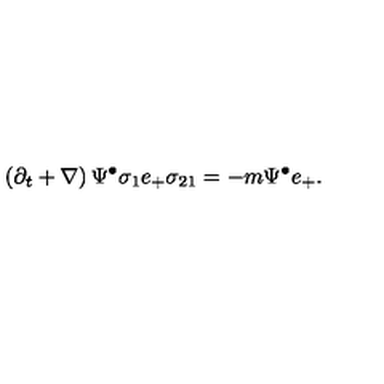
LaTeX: \left( \partial _ { t } + \nabla \right) \Psi ^ { \bullet } \sigma _ { 1 } e _ { + } \sigma _ { 2 1 } = - m \Psi ^ { \bullet } e _ { + } .